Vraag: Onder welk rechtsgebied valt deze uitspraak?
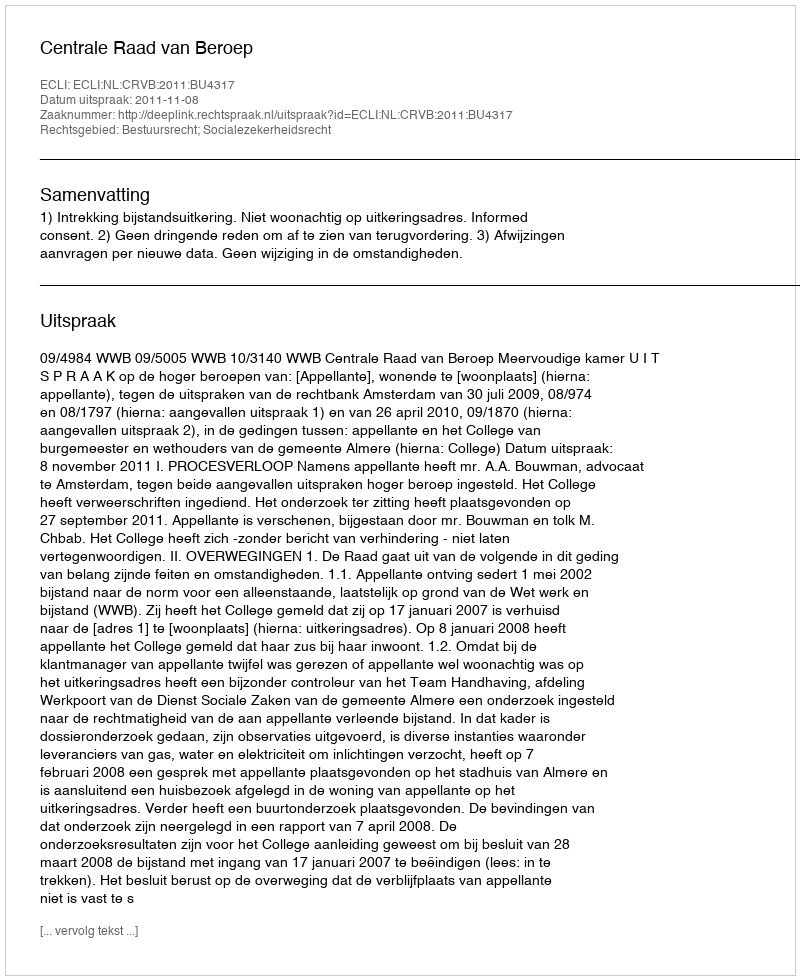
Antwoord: Bestuursrecht; Socialezekerheidsrecht